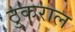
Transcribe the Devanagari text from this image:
ठुकराल